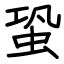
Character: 蛩